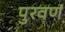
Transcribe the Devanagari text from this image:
पुरवणं